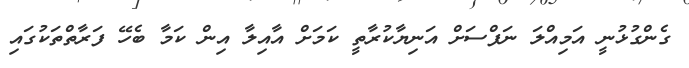
ގެންގުޅުނީ އަމިއްލަ ނަފްސަށް އަނިޔާކުރާތީ ކަމަށް އާއިލާ އިން ކަމާ ބެހޭ ފަރާތްތަކުގައި